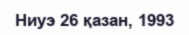
Ниуэ 26 қазан, 1993